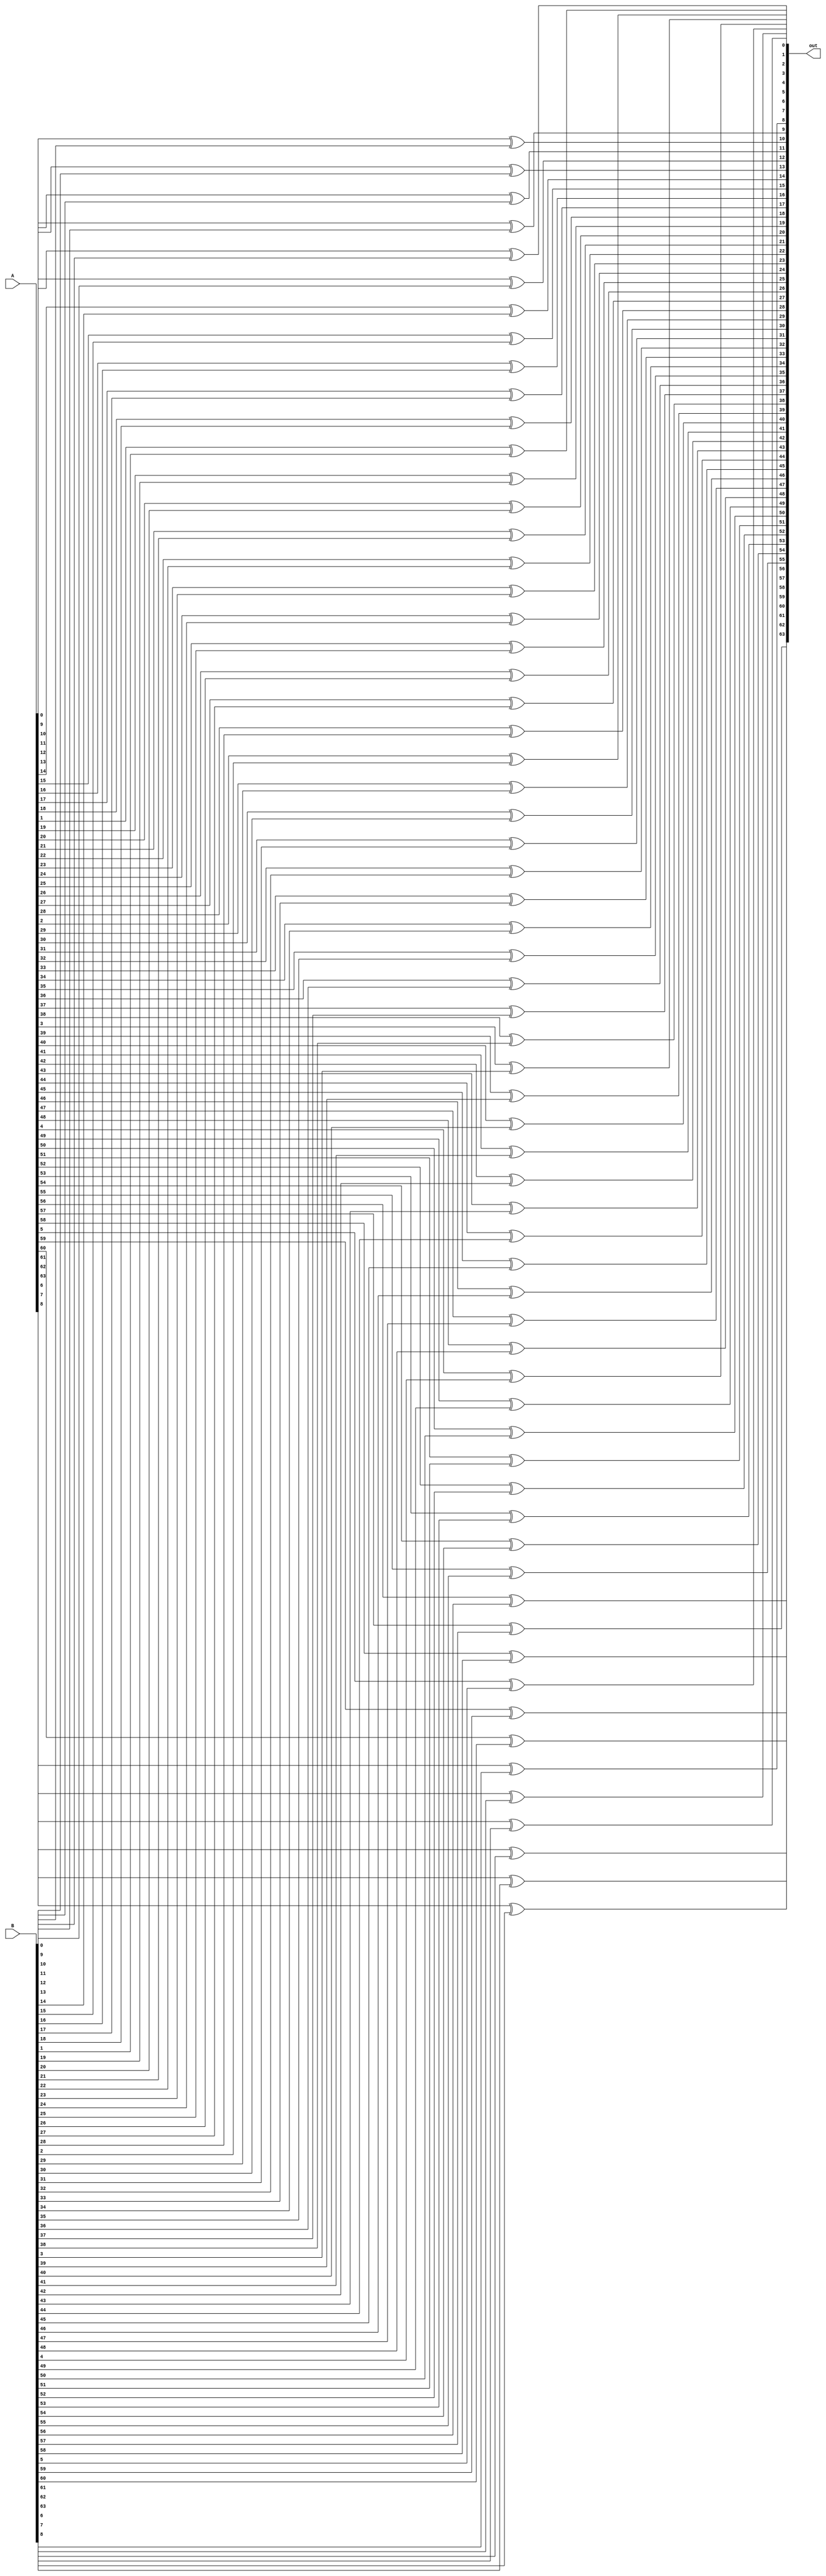
`timescale 1ns / 1ps

module xor64bit(
    input signed [63:0] A,
    input signed [63:0] B,
    output signed [63:0] out
);

genvar i;

generate for (i = 0; i < 64; i=i+1)
begin
    xor XOR1 (out[i], A[i], B[i]);
end
endgenerate

endmodule